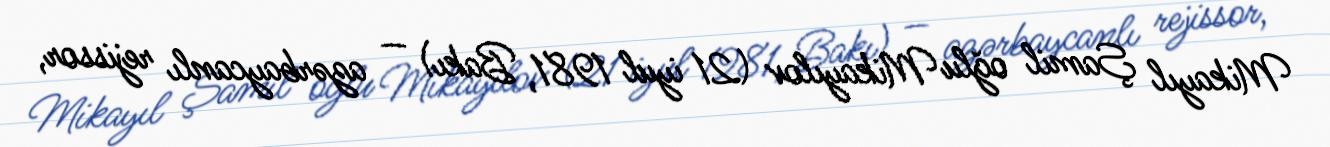
Mikayıl Şamil oğlu Mikayılov (21 iyul 1981, Bakı) — azərbaycanlı rejissor,